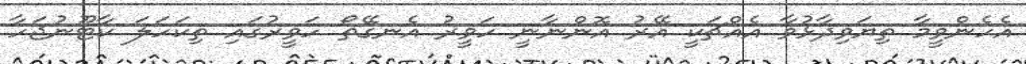
އެހެންވީމާ ތިޔަވިދާޅުވާ އެއްޗަކީ އޭރު އޮންނާނީ ހަވީރު އެނގޭތޯ ހަވީރުގައި ތިކަހަލަ ކާޓޫނުޖަހާ